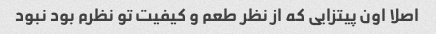
اصلا اون پیتزایی که از نظر طعم و کیفیت تو نظرم بود نبود